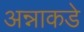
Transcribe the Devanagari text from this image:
अन्नाकडे